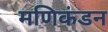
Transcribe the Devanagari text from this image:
मणिकंडन